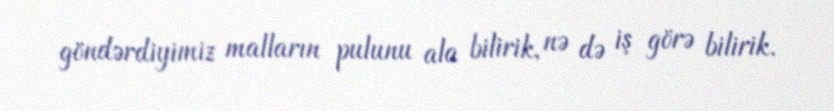
göndərdiyimiz malların pulunu ala bilirik, nə də iş görə bilirik.